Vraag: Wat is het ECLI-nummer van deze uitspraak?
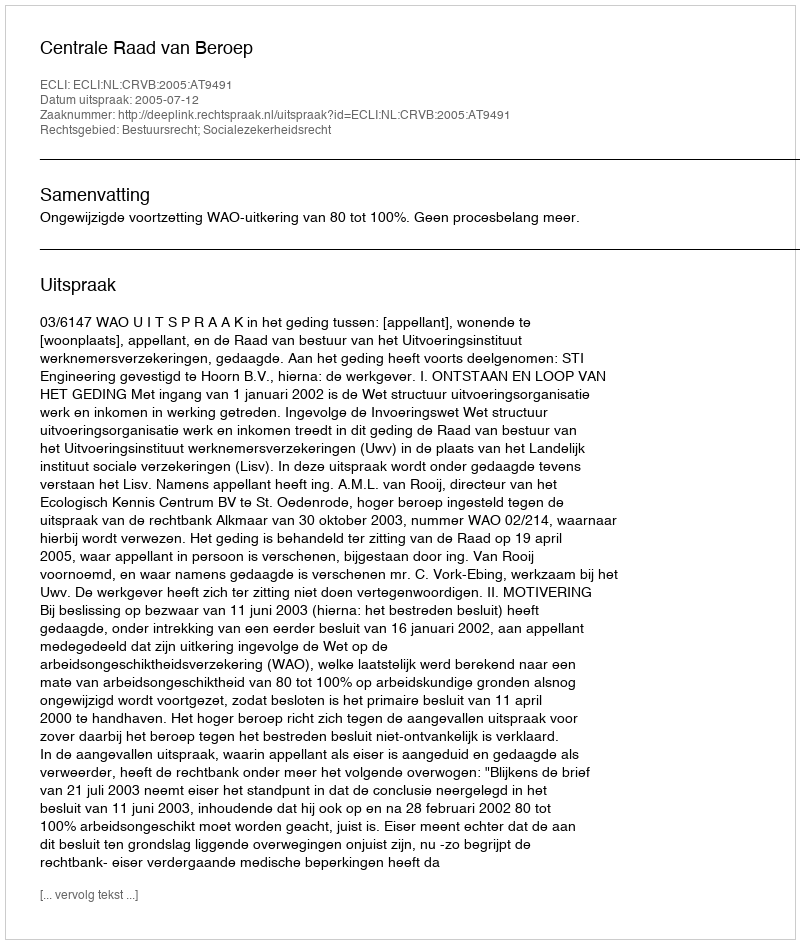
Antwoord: ECLI:NL:CRVB:2005:AT9491